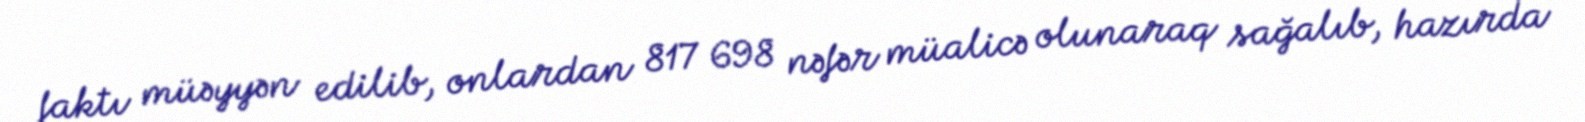
faktı müəyyən edilib, onlardan 817 698 nəfər müalicə olunaraq sağalıb, hazırda